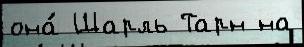
она́ Шарль Тарн на